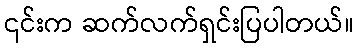
၎င်းက ဆက်လက်ရှင်းပြပါတယ်။